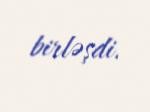
birləşdi.